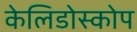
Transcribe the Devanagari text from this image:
केलिडोस्कोप